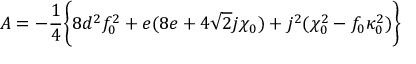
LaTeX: A = - { \frac { 1 } { 4 } } \biggl \{ 8 d ^ { 2 } f _ { 0 } ^ { 2 } + e ( 8 e + 4 \sqrt 2 j \chi _ { 0 } ) + j ^ { 2 } ( \chi _ { 0 } ^ { 2 } - f _ { 0 } \kappa _ { 0 } ^ { 2 } ) \biggr \}